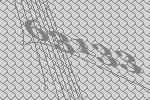
63133